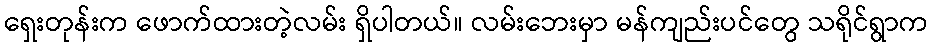
ရှေးတုန်းက ဖောက်ထားတဲ့လမ်း ရှိပါတယ်။ လမ်းဘေးမှာ မန်ကျည်းပင်တွေ သရိုင်ရွာက